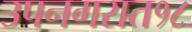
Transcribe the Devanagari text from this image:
उपनगरात१८